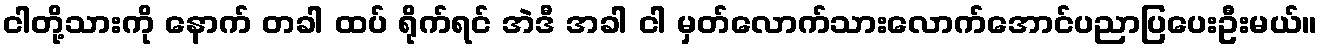
ငါတို့သားကို နောက် တခါ ထပ် ရိုက်ရင် အဲဒီ အခါ ငါ မှတ်လောက်သားလောက်အောင်ပညာပြပေးဦးမယ်။